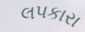
લપકારા